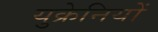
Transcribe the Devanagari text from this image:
युक्रेनियों